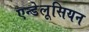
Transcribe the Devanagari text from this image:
एन्डेलूसियन